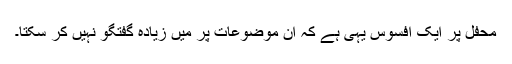
محفل پر ایک افسوس یہی ہے کہ ان موضوعات پر میں زیادہ گفتگو نہیں کر سکتا۔